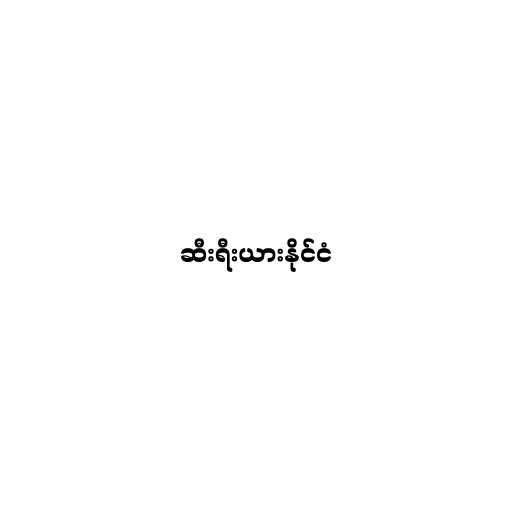
ဆီးရီးယားနိုင်ငံ